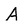
Character: A